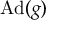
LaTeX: \operatorname { A d } ( g )